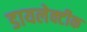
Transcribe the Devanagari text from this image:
डायलेक्टीक